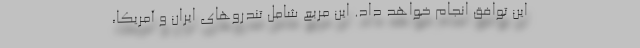
این توافق انجام خواهد داد. این مربع شامل تندروهای ایران و آمریکا،